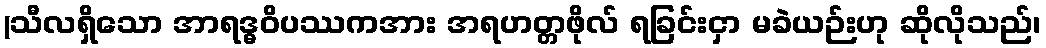
(သီလရှိသော အာရဒ္ဓဝိပဿကအား အရဟတ္တဖိုလ် ရခြင်းငှာ မခဲယဉ်းဟု ဆိုလိုသည်၊